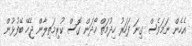
އެހެން ނަމަވެސް ގިނަ ފަހަރު ހިދުމަތް ހޯދަން ގޮސް ކުރިމަތިލާން ޖެހޭ ބޭފުޅުން